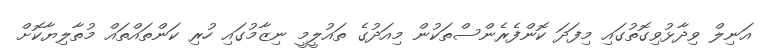
އަނިލް ވިދާޅުވިގޮތުގައި މިފަދަ ކޮންފެރެންސްތަކުން މިއަދުގެ ތައުލީމީ ނިޒާމުގައި ހުރި ކަންތައްތައް މުތާލިޔާކޮށް